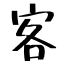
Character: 客